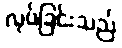
လုပ်ခြင်းသည်